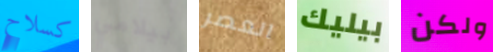
كسلاح بيلامي العصر بيليك ولكن